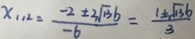
x _ { 1 1 2 } = \frac { - 2 \pm 3 \sqrt { 1 3 } b } { - 6 } = \frac { 1 \pm \sqrt { 1 3 } b } { 3 }